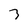
Character: 3